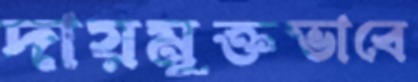
দায়মুক্তভাবে